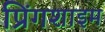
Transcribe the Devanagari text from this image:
प्रिंगशाइम